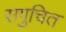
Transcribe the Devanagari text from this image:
सगुचित